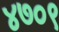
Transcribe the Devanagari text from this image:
४७०९